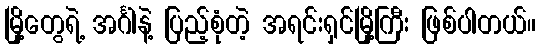
မြို့တွေရဲ့ အင်္ဂါနဲ့ ပြည့်စုံတဲ့ အရင်းရှင်မြို့ကြီး ဖြစ်ပါတယ်။